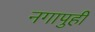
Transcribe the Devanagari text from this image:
नगापुही